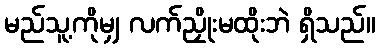
မည်သူ့ကိုမျှ လက်ညှိုးမထိုးဘဲ ရှိသည်။